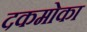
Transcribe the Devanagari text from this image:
दकमोका